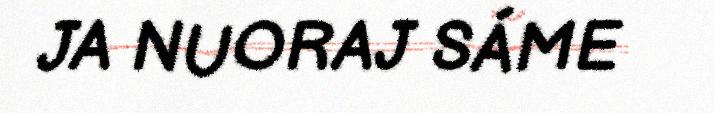
JA NUORAJ SÁME